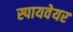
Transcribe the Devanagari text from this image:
स्पायवेयर